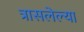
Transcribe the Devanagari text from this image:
त्रासलेल्या